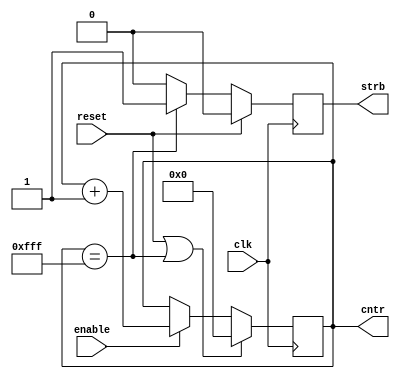
//-----------------------------------------------------------------------------
//-----------------------------------------------------------------------------
//  Module:     Counter
//
//  Description: Implements a counter with output value and strobe
//               when counter reaches maximum value.
//
//-----------------------------------------------------------------------------
//-----------------------------------------------------------------------------
module Counter 
#( parameter dw = 12,           // Counter width definition
   parameter max = 12'hFFF)     // Counter max value definition
(  
  input               clk,      // System Clock 
  input               reset,    // System Reset (Syncronous)
  input               enable,   // Enable Counter 
  
  output  reg[dw-1:0] cntr,     // Counter value
  output  reg         strb      // 1 Clk Strb when Counter == max
);
    
  //Initialize sequential logic
	initial			
	begin
		cntr <= {dw{1'b0}}; 
    strb <= 1'b0;
	end

	//General Counter
  // Resets on GSR or when counter reaches max parameter
  // Increments counter every clock when enabled
	always@(posedge clk)
	begin
    if (reset || cntr[dw-1:0] == max)    
      cntr <= {dw{1'b0}}; 		  
    else if (enable)  
		  cntr <= cntr + 1'b1;		                       
	end	
  
  // Counter/Timer Strobe
  // Asserts strobe for 1 clk period when cntr = max param
	always@(posedge clk)
	begin
    if (reset)
      strb <= 1'b0;		    
    else if (cntr == max)
      strb <= 1'b1;
    else
      strb <= 1'b0;    
	end  
    
endmodule